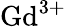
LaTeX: \mathrm{Gd^{3+}}